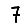
Digit: 7